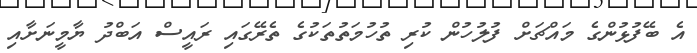
އެ ބޭފުޅުންގެ މައްޗަށް ފުލުހުން ކުރި ތުހުމަތުތަކުގެ ތެރޭގައި ރައީސް އަބްދު ޔާމީނަށާއި